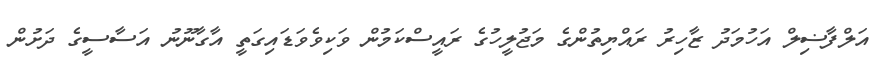
އަލްފާޟިލް އަހުމަދު ޒާހިރު ރައްޔިތުންގެ މަޖުލީހުގެ ރައީސްކަމުން ވަކިވެވަޑައިގަތީ އާގާނޫނު އަސާސީގެ ދަށުން